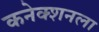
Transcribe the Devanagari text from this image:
कनेक्शनला